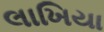
લાખિયા